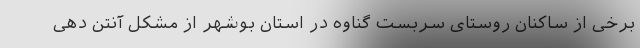
برخی از ساکنان روستای سربست گناوه در استان بوشهر از مشکل آنتن دهی